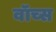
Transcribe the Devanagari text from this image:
वॉच्स